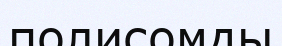
полисомды